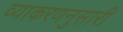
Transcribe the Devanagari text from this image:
व्याकरणनुसारी